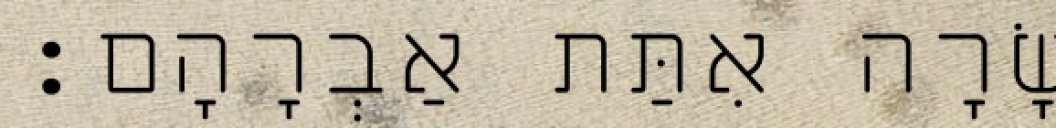
שָׂרָה אִתַּת אַבְרָהָם׃